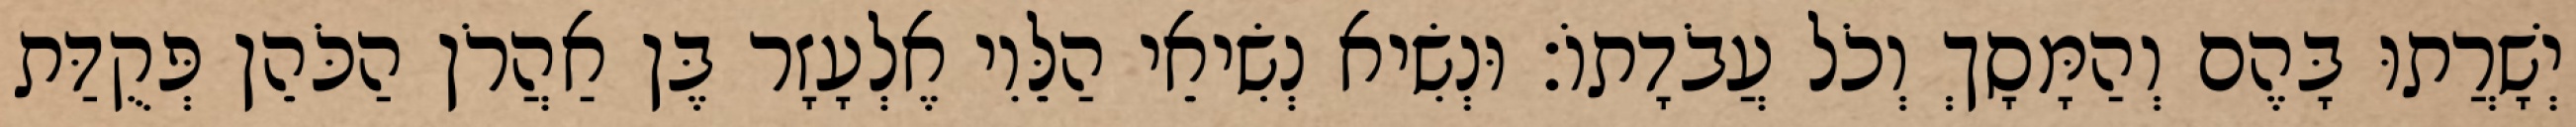
יְשָׁרֲתוּ בָּהֶם וְהַמָּסָךְ וְכֹל עֲבֹדָתוֹ׃ וּנְשִׂיא נְשִׂיאֵי הַלֵּוִי אֶלְעָזָר בֶּן אַהֲרֹן הַכֹּהֵן פְּקֻדַּת